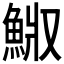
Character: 𩷅